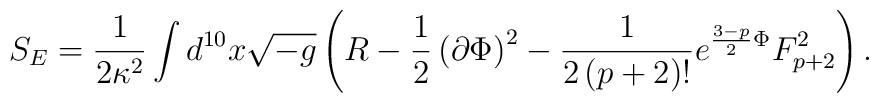
S_E = \frac{1}{2\kappa^2}\int d^{10}x \sqrt{-g}\left( R  -\frac{1}{2}\left( \partial\Phi\right)^2-  \frac{1}{2\left( p+2\right)!}  e^{\frac{3-p}{2}\Phi}F_{p+2}^2\right) .